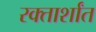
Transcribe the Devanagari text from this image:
रक्तार्शांत